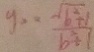
y _ { 2 } = \frac { \sqrt { b ^ { 2 } + 1 } } { b ^ { 2 } + 1 }